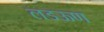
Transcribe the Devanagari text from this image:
लडऊण